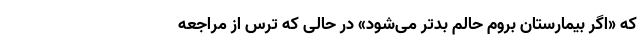
که «اگر بیمارستان بروم حالم بدتر می‌شود» در حالی که ترس از مراجعه